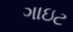
ગાઇટ